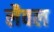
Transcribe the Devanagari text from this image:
लैवल